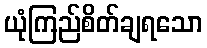
ယုံကြည်စိတ်ချရသော